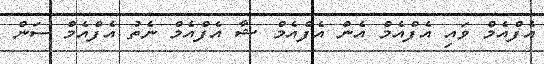
އެފްއެމް ވައި އެފްއެމް އެން އެފްއެމް ޝާ އެފްއެމް ނެތު އެފްއެމް ސަން